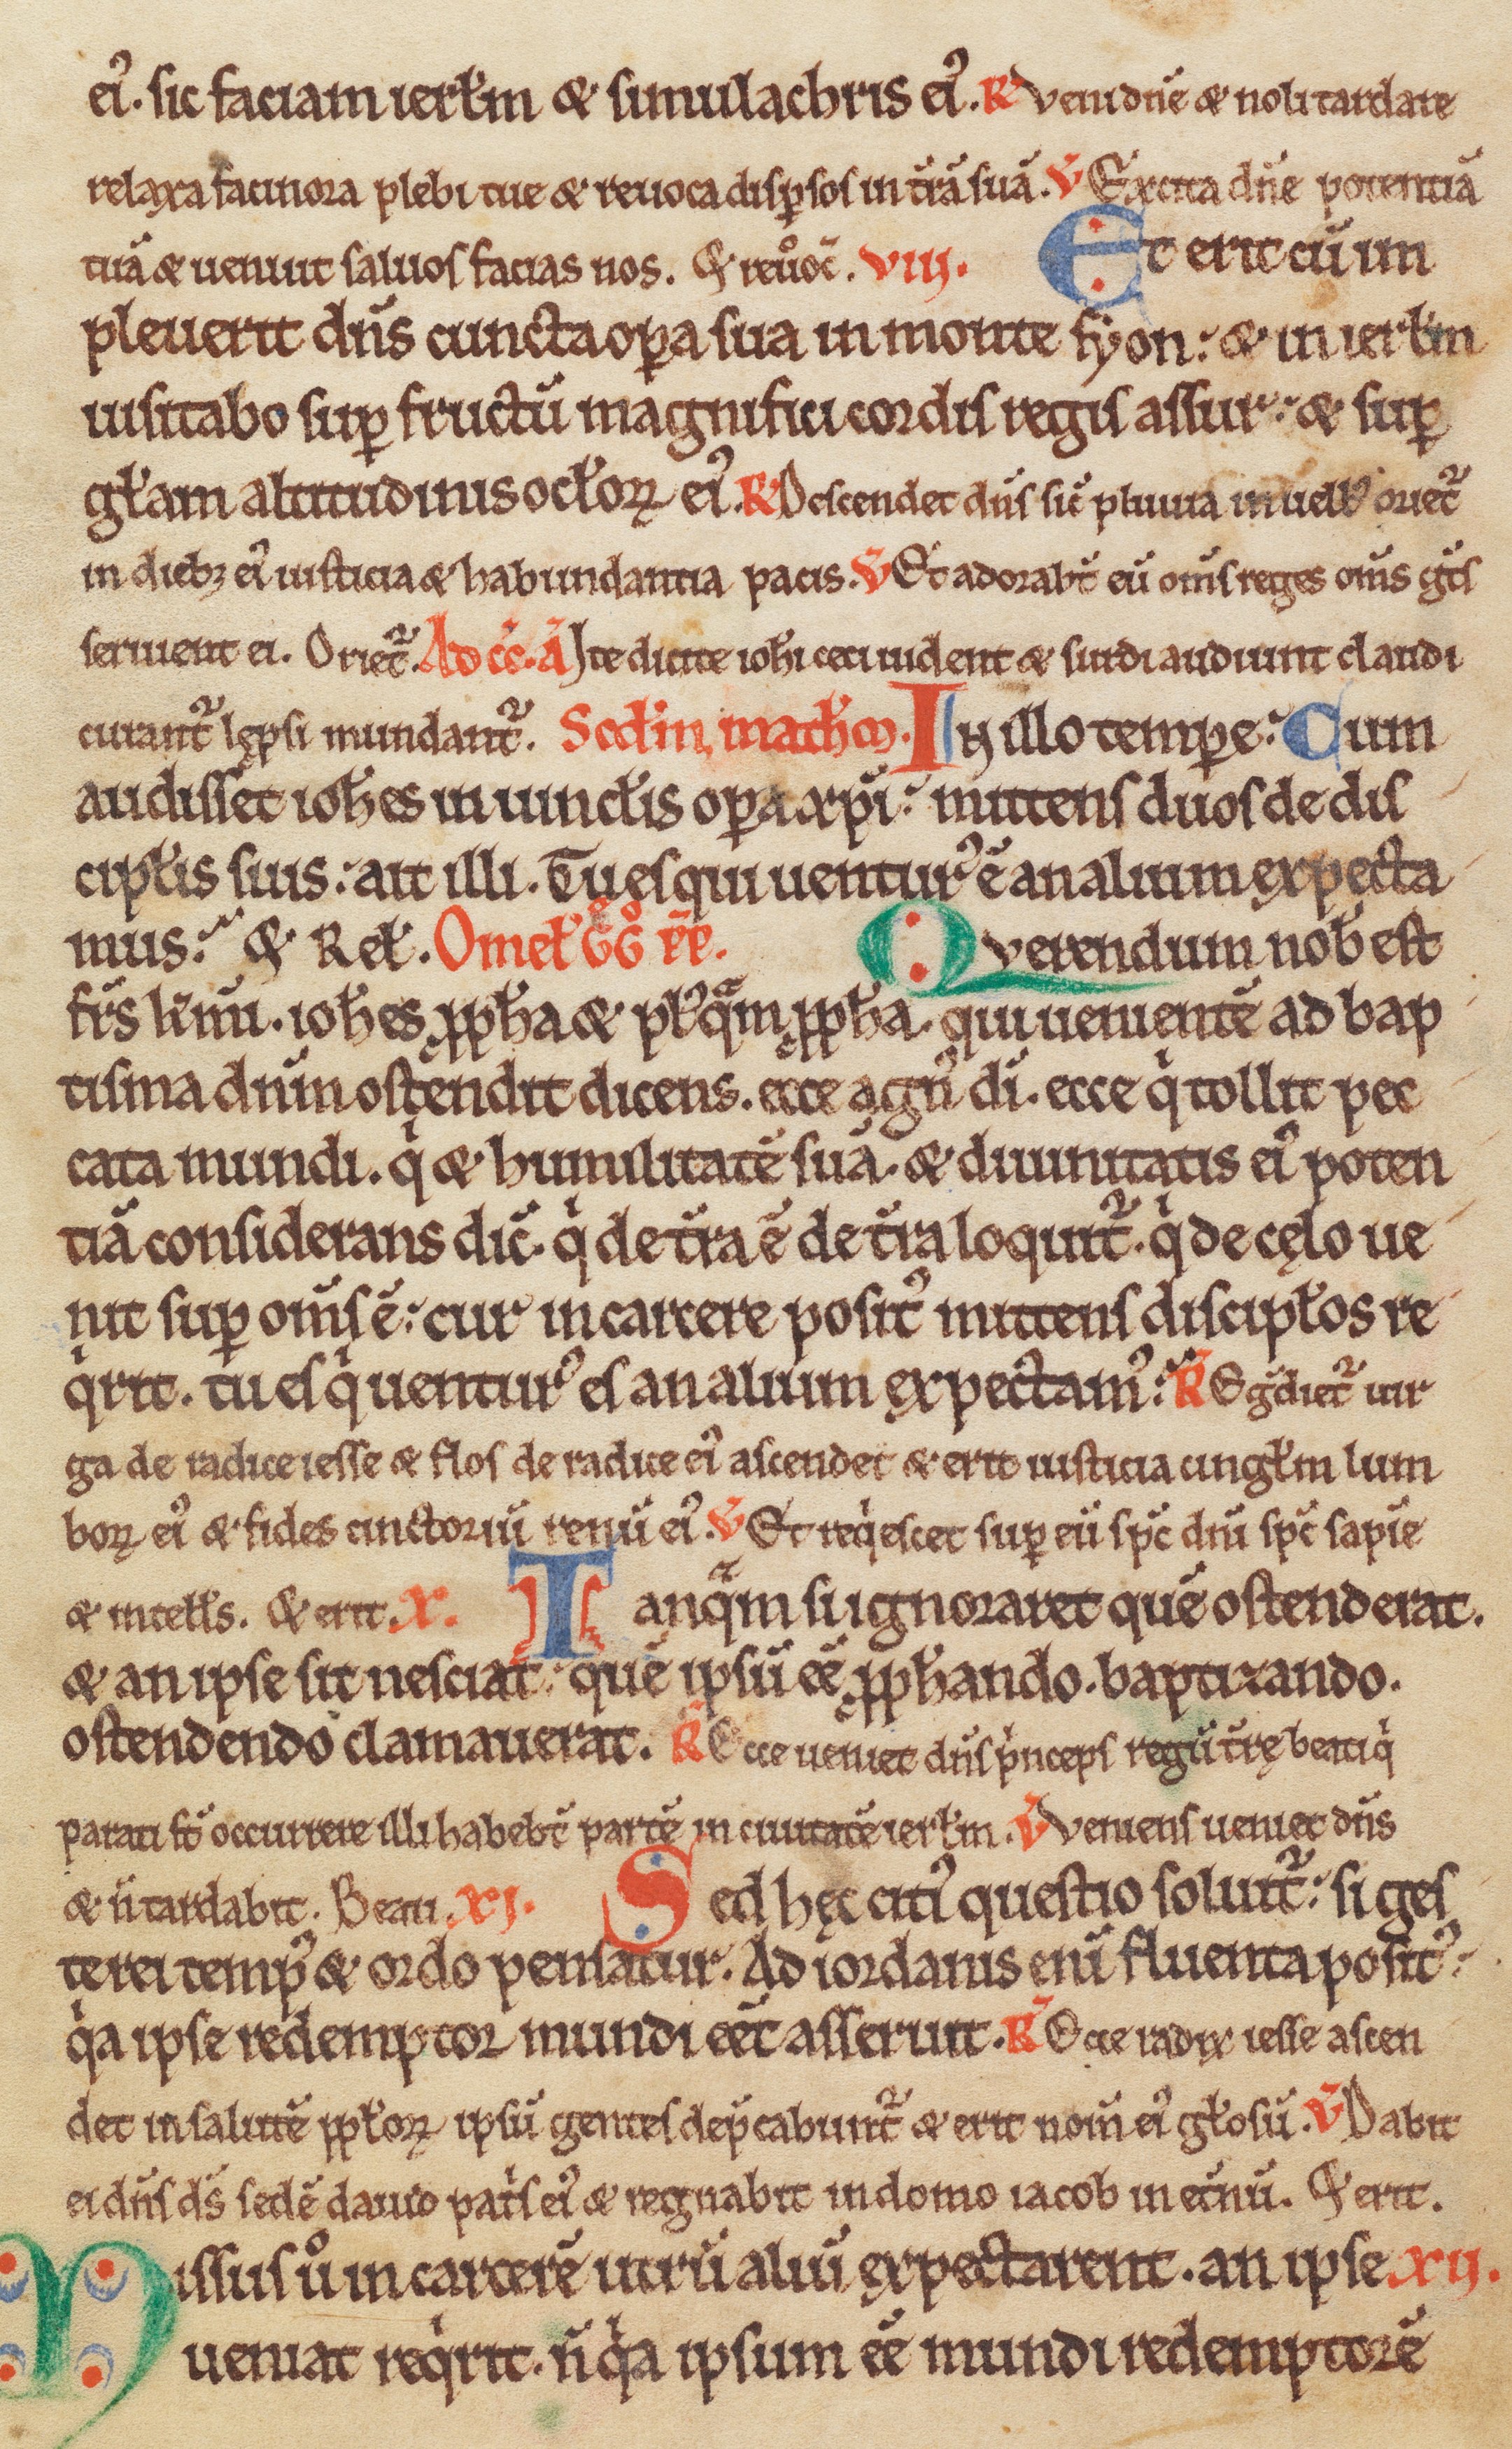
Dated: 1150–1199